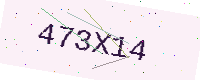
Text: 473X14